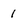
Character: 1